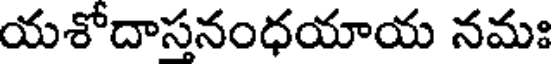
యశోదాసనంధయాయ నమః